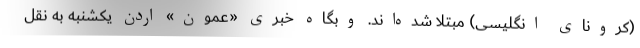
(کرونای انگلیسی) مبتلا شده‌اند. وبگاه خبری «عمون» اردن یکشنبه به نقل